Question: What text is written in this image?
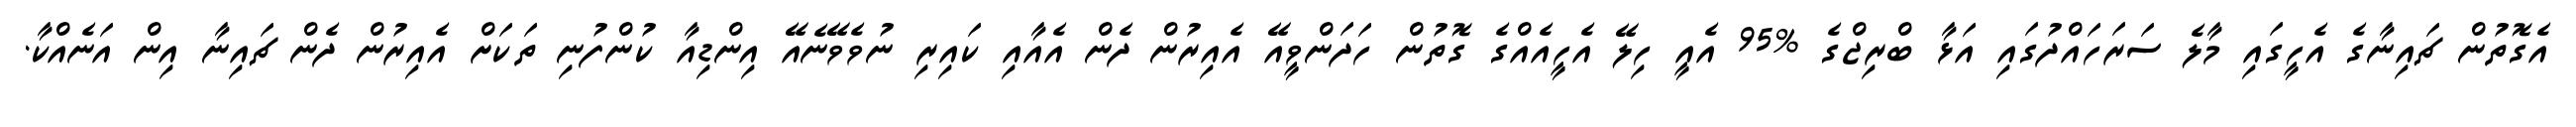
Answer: އެގޮތުން ޗައިނާގެ އެހީގައި މާލެ ސަރަހައްދުގައި އަޅާ ބްރިޖްގެ %95 އެއީ ހިލޭ އެހީއެއްގެ ގޮތުން ހަދަންވީއޭ އެއިރުން ދެން އެއާއި ކައިރި ނުވެވޭނެއޭ އިންޑިއާ ކުންފުނި ތަކަށް އެއިރުން ދެން ޗައިނާ އިން އަނެއްކާ.